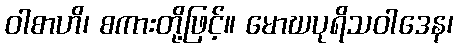
ဝါစာဟိ၊ စကားတို့ဖြင့်။ မောဃပုရိသဝါဒေန၊